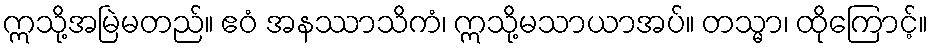
ဣသို့အမြဲမတည်။ ဧဝံ အနဿာသိကံ၊ ဣသို့မသာယာအပ်။ တသ္မာ၊ ထိုကြောင့်။